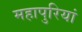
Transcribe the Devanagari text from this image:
महापुरियां